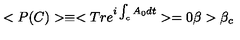
< P ( C ) > \equiv < T r e ^ { i \int _ { c } A _ { 0 } d t } > = 0 \beta > \beta _ { c }